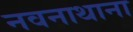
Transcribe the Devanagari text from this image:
नवनाथाना